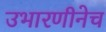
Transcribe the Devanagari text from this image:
उभारणीनेच